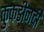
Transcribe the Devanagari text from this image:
कुकडीनदी